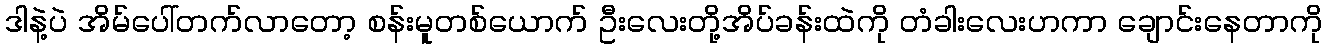
ဒါနဲ့ပဲ အိမ်ပေါ်တက်လာတော့ စန်းမူတစ်ယောက် ဦးလေးတို့အိပ်ခန်းထဲကို တံခါးလေးဟကာ ချောင်းနေတာကို